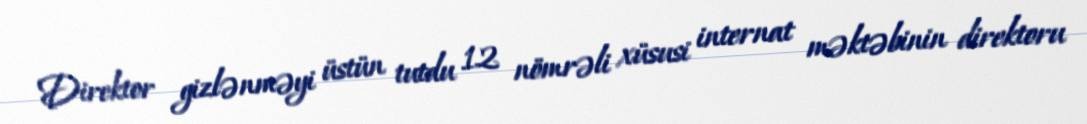
Direktor gizlənməyi üstün tutdu 12 nömrəli xüsusi internat məktəbinin direktoru